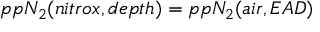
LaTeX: p p N _ { 2 } ( n i t r o x , d e p t h ) = p p N _ { 2 } ( a i r , E A D )